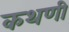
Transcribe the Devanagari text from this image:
कथणी